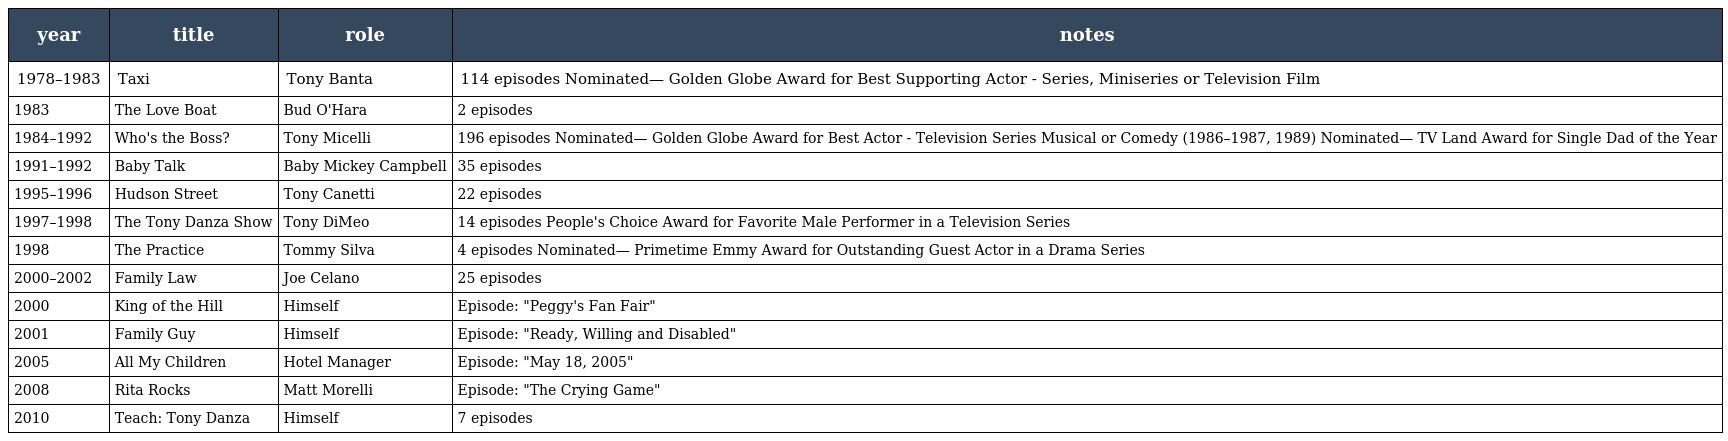
| year | title | role | notes |
 | --- | --- | --- | --- |
 | 1978–1983 | Taxi | Tony Banta | 114 episodes Nominated— Golden Globe Award for Best Supporting Actor - Series, Miniseries or Television Film |
 | 1983 | The Love Boat | Bud O'Hara | 2 episodes |
 | 1984–1992 | Who's the Boss? | Tony Micelli | 196 episodes Nominated— Golden Globe Award for Best Actor - Television Series Musical or Comedy (1986–1987, 1989) Nominated— TV Land Award for Single Dad of the Year |
 | 1991–1992 | Baby Talk | Baby Mickey Campbell | 35 episodes |
 | 1995–1996 | Hudson Street | Tony Canetti | 22 episodes |
 | 1997–1998 | The Tony Danza Show | Tony DiMeo | 14 episodes People's Choice Award for Favorite Male Performer in a Television Series |
 | 1998 | The Practice | Tommy Silva | 4 episodes Nominated— Primetime Emmy Award for Outstanding Guest Actor in a Drama Series |
 | 2000–2002 | Family Law | Joe Celano | 25 episodes |
 | 2000 | King of the Hill | Himself | Episode: "Peggy's Fan Fair" |
 | 2001 | Family Guy | Himself | Episode: "Ready, Willing and Disabled" |
 | 2005 | All My Children | Hotel Manager | Episode: "May 18, 2005" |
 | 2008 | Rita Rocks | Matt Morelli | Episode: "The Crying Game" |
 | 2010 | Teach: Tony Danza | Himself | 7 episodes |